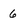
Character: 6